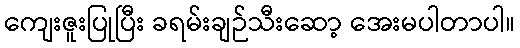
ကျေးဇူးပြုပြီး ခရမ်းချဉ်သီးဆော့ အေးမပါတာပါ။